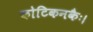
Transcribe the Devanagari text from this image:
कोटिकनकैः।